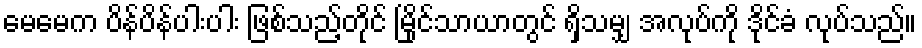
မေမေက ပိန်ပိန်ပါးပါး ဖြစ်သည့်တိုင် မြိုင်သာယာတွင် ရှိသမျှ အလုပ်ကို ဒိုင်ခံ လုပ်သည်။